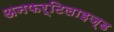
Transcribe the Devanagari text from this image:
अनफर्टिलाइज्ड